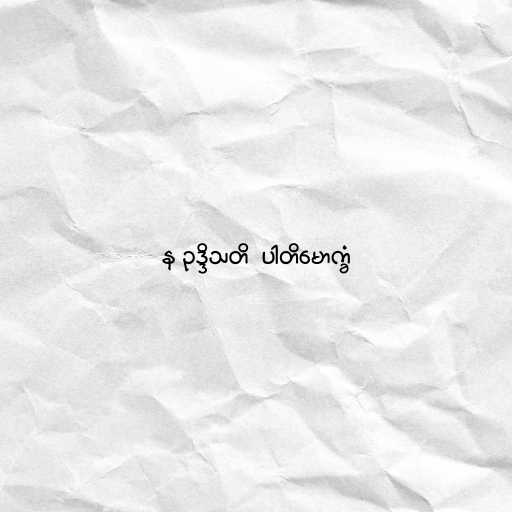
န ဥဒ္ဒိသတိ  ပါတိမောက္ခံ